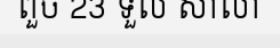
ពួច 23 ទួល សាលា